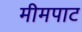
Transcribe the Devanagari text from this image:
मीमपाट